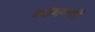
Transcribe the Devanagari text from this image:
कलेबाबतची